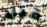
قبل